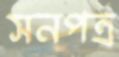
সনপত্র